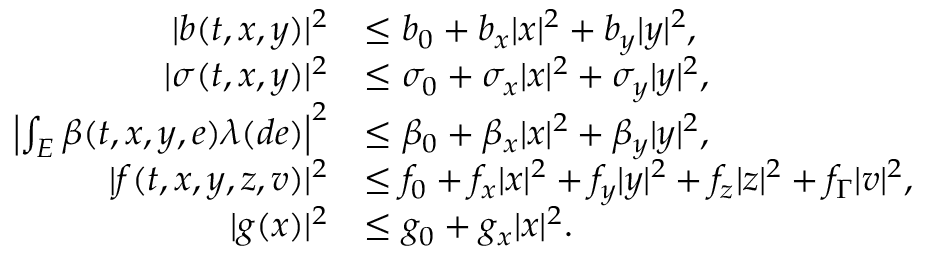
\begin{array} { r } { \begin{array} { r l } { | b ( t , x , y ) | ^ { 2 } } & { \leq b _ { 0 } + b _ { x } | x | ^ { 2 } + b _ { y } | y | ^ { 2 } , } \\ { | \sigma ( t , x , y ) | ^ { 2 } } & { \leq \sigma _ { 0 } + \sigma _ { x } | x | ^ { 2 } + \sigma _ { y } | y | ^ { 2 } , } \\ { \left| \int _ { E } \beta ( t , x , y , e ) \lambda ( d e ) \right| ^ { 2 } } & { \leq \beta _ { 0 } + \beta _ { x } | x | ^ { 2 } + \beta _ { y } | y | ^ { 2 } , } \\ { | f ( t , x , y , z , v ) | ^ { 2 } } & { \leq f _ { 0 } + f _ { x } | x | ^ { 2 } + f _ { y } | y | ^ { 2 } + f _ { z } | z | ^ { 2 } + f _ { \Gamma } | v | ^ { 2 } , } \\ { | g ( x ) | ^ { 2 } } & { \leq g _ { 0 } + g _ { x } | x | ^ { 2 } . } \end{array} } \end{array}